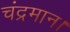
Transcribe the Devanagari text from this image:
चंद्रमान।